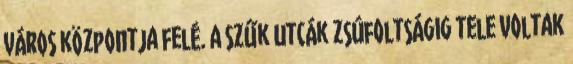
város központja felé. A szűk utcák zsúfoltságig tele voltak